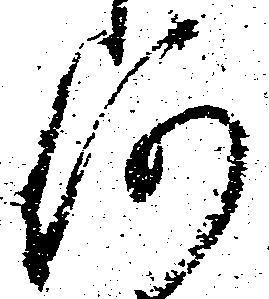
何